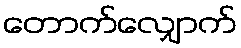
တောက်လျှောက်